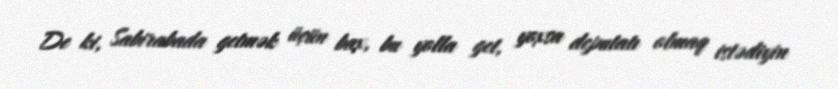
De ki, Sabirabada getmək üçün bax, bu yolla get, yoxsa deputatı olmaq istədiyin